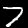
Digit: 7